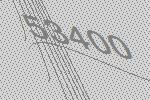
53400